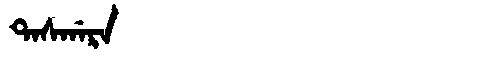
Manchu: ᡨᠠᠰᡤᠠᡵᠠ
Romanization: TASGARA